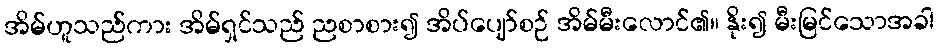
အိမ်ဟူသည်ကား အိမ်ရှင်သည် ညစာစား၍ အိပ်ပျော်စဉ် အိမ်မီးလောင်၏။ နိုး၍ မီးမြင်သောအခါ